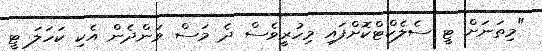
"މިތަނަށް ޓީ ސެލެކްޓްކޮށްފައި މިހުރީވެސް ދެ މަސް ވަންދެން އެކި ކަހަލަ ޓީ